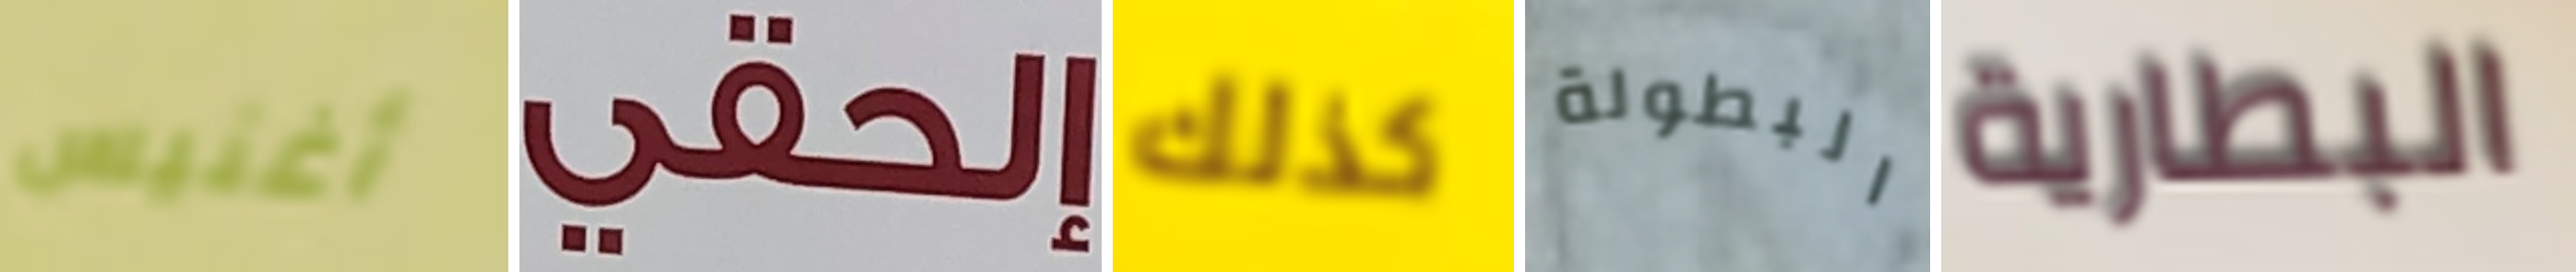
أغنيس إلحقي كذلك البطولة البطارية